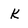
Character: k